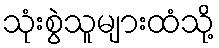
သုံးစွဲသူများထံသို့